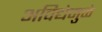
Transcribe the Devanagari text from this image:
अविद्येमुळे